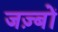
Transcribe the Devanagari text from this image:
जज़्बों